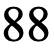
88